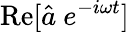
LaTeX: \operatorname{Re}[\hat{a}~e^{-i\omega t}]